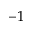
^ { - 1 }